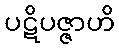
ပဋိပဇ္ဇာဟိ